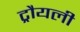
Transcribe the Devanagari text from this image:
ट्रौयली